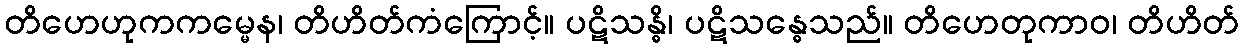
တိဟေဟုကကမ္မေန၊ တိဟိတ်ကံကြောင့်။ ပဋိသန္ဓိ၊ ပဋိသန္ဓေသည်။ တိဟေတုကာဝ၊ တိဟိတ်